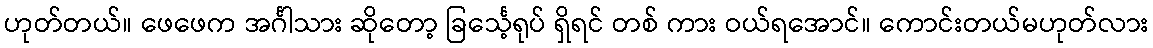
ဟုတ်တယ်။ ဖေဖေက အင်္ဂါသား ဆိုတော့ ခြင်္သေ့ရုပ် ရှိရင် တစ် ကား ဝယ်ရအောင်။ ကောင်းတယ်မဟုတ်လား